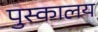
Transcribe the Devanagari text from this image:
पुस्‍कालय